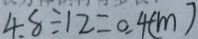
4 . 8 \div 1 2 = 0 . 4 ( m )